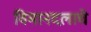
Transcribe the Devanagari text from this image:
विमानदलाचे